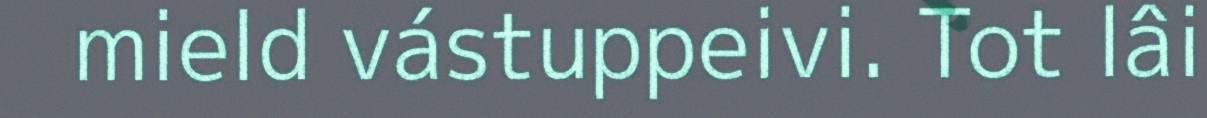
mield vástuppeivi. Tot lâi